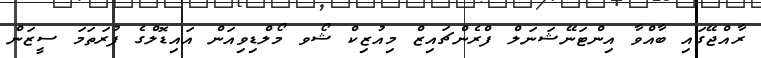
ރާއްޖޭގައި ބާއްވާ އިންޓަނޭޝަނަލް ފްރެންޗައިޒް މިއުޒިކް ޝޯވ މޯލްޑިވިއަން އައިޑޮލްގެ ފުރަތަމަ ސީޒަން